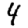
Digit: 4